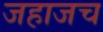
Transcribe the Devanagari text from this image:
जहाजच